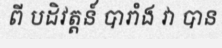
ពី បដិវត្តន៍ បារាំង វា បាន